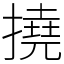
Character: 撓